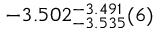
- 3 . 5 0 2 _ { - 3 . 5 3 5 } ^ { - 3 . 4 9 1 } ( 6 )